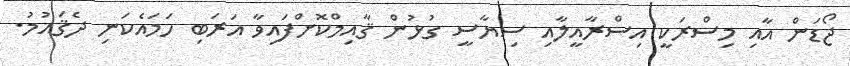
ޖޯޑަން އާއި މިސްރަކީ އިސްރާއީލާއި ސިޔާސީ ގުޅުން ޤާއިމްކޮށްފައިވާ އަރަބި ހަމައެކަނި ދެޤައުމު.